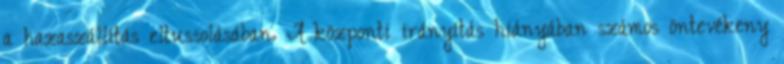
a hazaszállítás eltussolásában. A központi irányítás hiányában számos öntevékeny